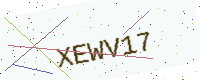
Text: XEWV17